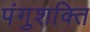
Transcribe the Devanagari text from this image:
पंगुशक्ति